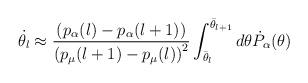
LaTeX: \begin{align*}\dot{\theta_l} \approx \frac{\left(p_{\alpha}(l)-p_{\alpha}(l+1)\right)}{ \left(p_{\mu}(l+1)-p_{\mu}(l)\right)^2}\int_{\bar{\theta}_l}^{\bar{\theta}_{l+1}} d \theta\dot{P}_{\alpha}(\theta)\end{align*}